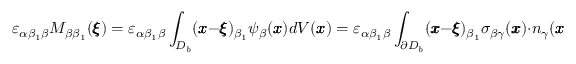
\varepsilon _ { \alpha \beta _ { 1 } \beta } M _ { \beta \beta _ { 1 } } ( { \pmb \xi } ) = \varepsilon _ { \alpha \beta _ { 1 } \beta } \int _ { { D _ { b } } } ( { \pmb x } - { \pmb \xi } ) _ { \beta _ { 1 } } \psi _ { \beta } ( { \pmb x } ) d V ( { \pmb x } ) = \varepsilon _ { \alpha \beta _ { 1 } \beta } \int _ { \partial D _ { b } } ( { \pmb x } - { \pmb \xi } ) _ { \beta _ { 1 } } { \sigma } _ { \beta \gamma } ( { \pmb x } ) \cdot { n } _ { \gamma } ( { \pmb x } ) \, d S